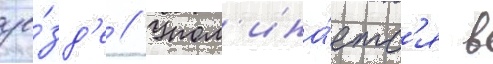
уе́зд'е // Упом'ина́етс'я в